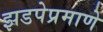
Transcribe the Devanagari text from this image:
झडपेप्रमाणे